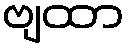
ဗျထာ